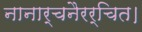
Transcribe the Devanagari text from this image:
नानार्चनैरर्चित।